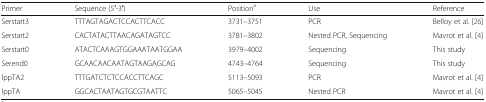
<table><thead><tr><td><b>Primer</b></td><td><b>Sequence (5′-3′)</b></td><td><b>Position<sup>a</sup></b></td><td><b>Use</b></td><td><b>Reference</b></td></tr></thead><tbody><tr><td>Serstart3</td><td>TTTAGTAGACTCCACTTCACC</td><td>3731–3751</td><td>PCR</td><td>Belloy et al. [26]</td></tr><tr><td>Serstart2</td><td>CACTATACTTAACAGATAGTCC</td><td>3781–3802</td><td>Nested PCR, Sequencing</td><td>Mavrot et al. [4]</td></tr><tr><td>Serstart0</td><td>ATACTCAAAGTGGAAATAATGGAA</td><td>3979–4002</td><td>Sequencing</td><td>This study</td></tr><tr><td>Serend0</td><td>GCAACAACAATAGTAAGAGCAG</td><td>4743–4764</td><td>Sequencing</td><td>This study</td></tr><tr><td>lppTA2</td><td>TTTGATCTCTCCACCTTCAGC</td><td>5113–5093</td><td>PCR</td><td>Mavrot et al. [4]</td></tr><tr><td>lppTA</td><td>GGCACTAATAGTGCGTAATTC</td><td>5065–5045</td><td>Nested PCR</td><td>Mavrot et al. [4]</td></tr></tbody></table>